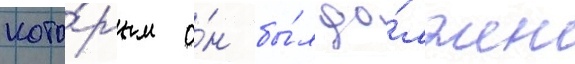
кото́рым о́н бы́л до́лжен